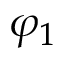
\varphi _ { 1 }